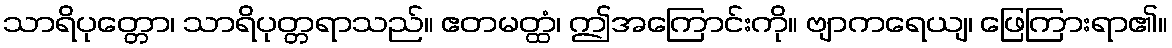
သာရိပုတ္တော၊ သာရိပုတ္တရာသည်။ ဧတမတ္ထံ၊ ဤအကြောင်းကို။ ဗျာကရေယျ၊ ဖြေကြားရာ၏။